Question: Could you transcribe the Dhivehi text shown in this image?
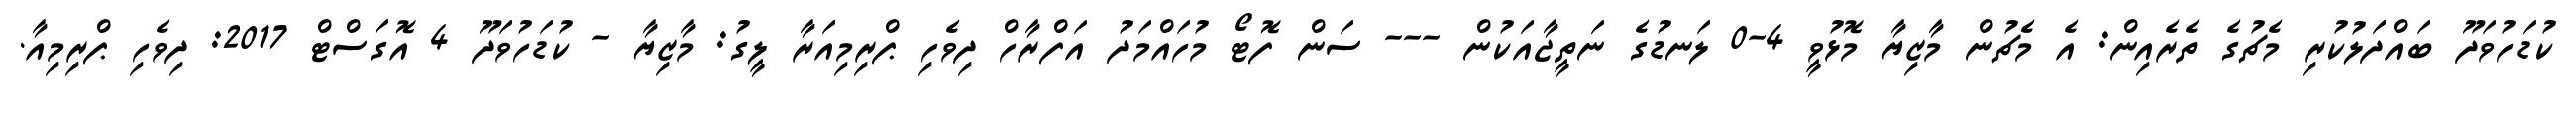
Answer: ކުޑަހުވަދޫ ބައްދަލުކުރި މެޗުގެ ތެރެއިން: އެ މެޗުން މާޒިޔާ މޮޅުވީ 4-0 ލަނޑުގެ ނަތީޖާއަކުން --- ސަން ފޮޓޯ މުހައްމަދު އަފްރާހް ދިވެހި ޕްރިމިއަރާ ލީގު: މާޒިޔާ - ކުޑަހުވަދޫ 4 އޮގަސްޓް 2017: ދިވެހި ޕްރިމިއާ.